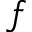
f